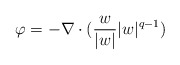
\begin{align*}\varphi=-\nabla \cdot (\frac{w}{|w|}|w|^{q-1})\end{align*}